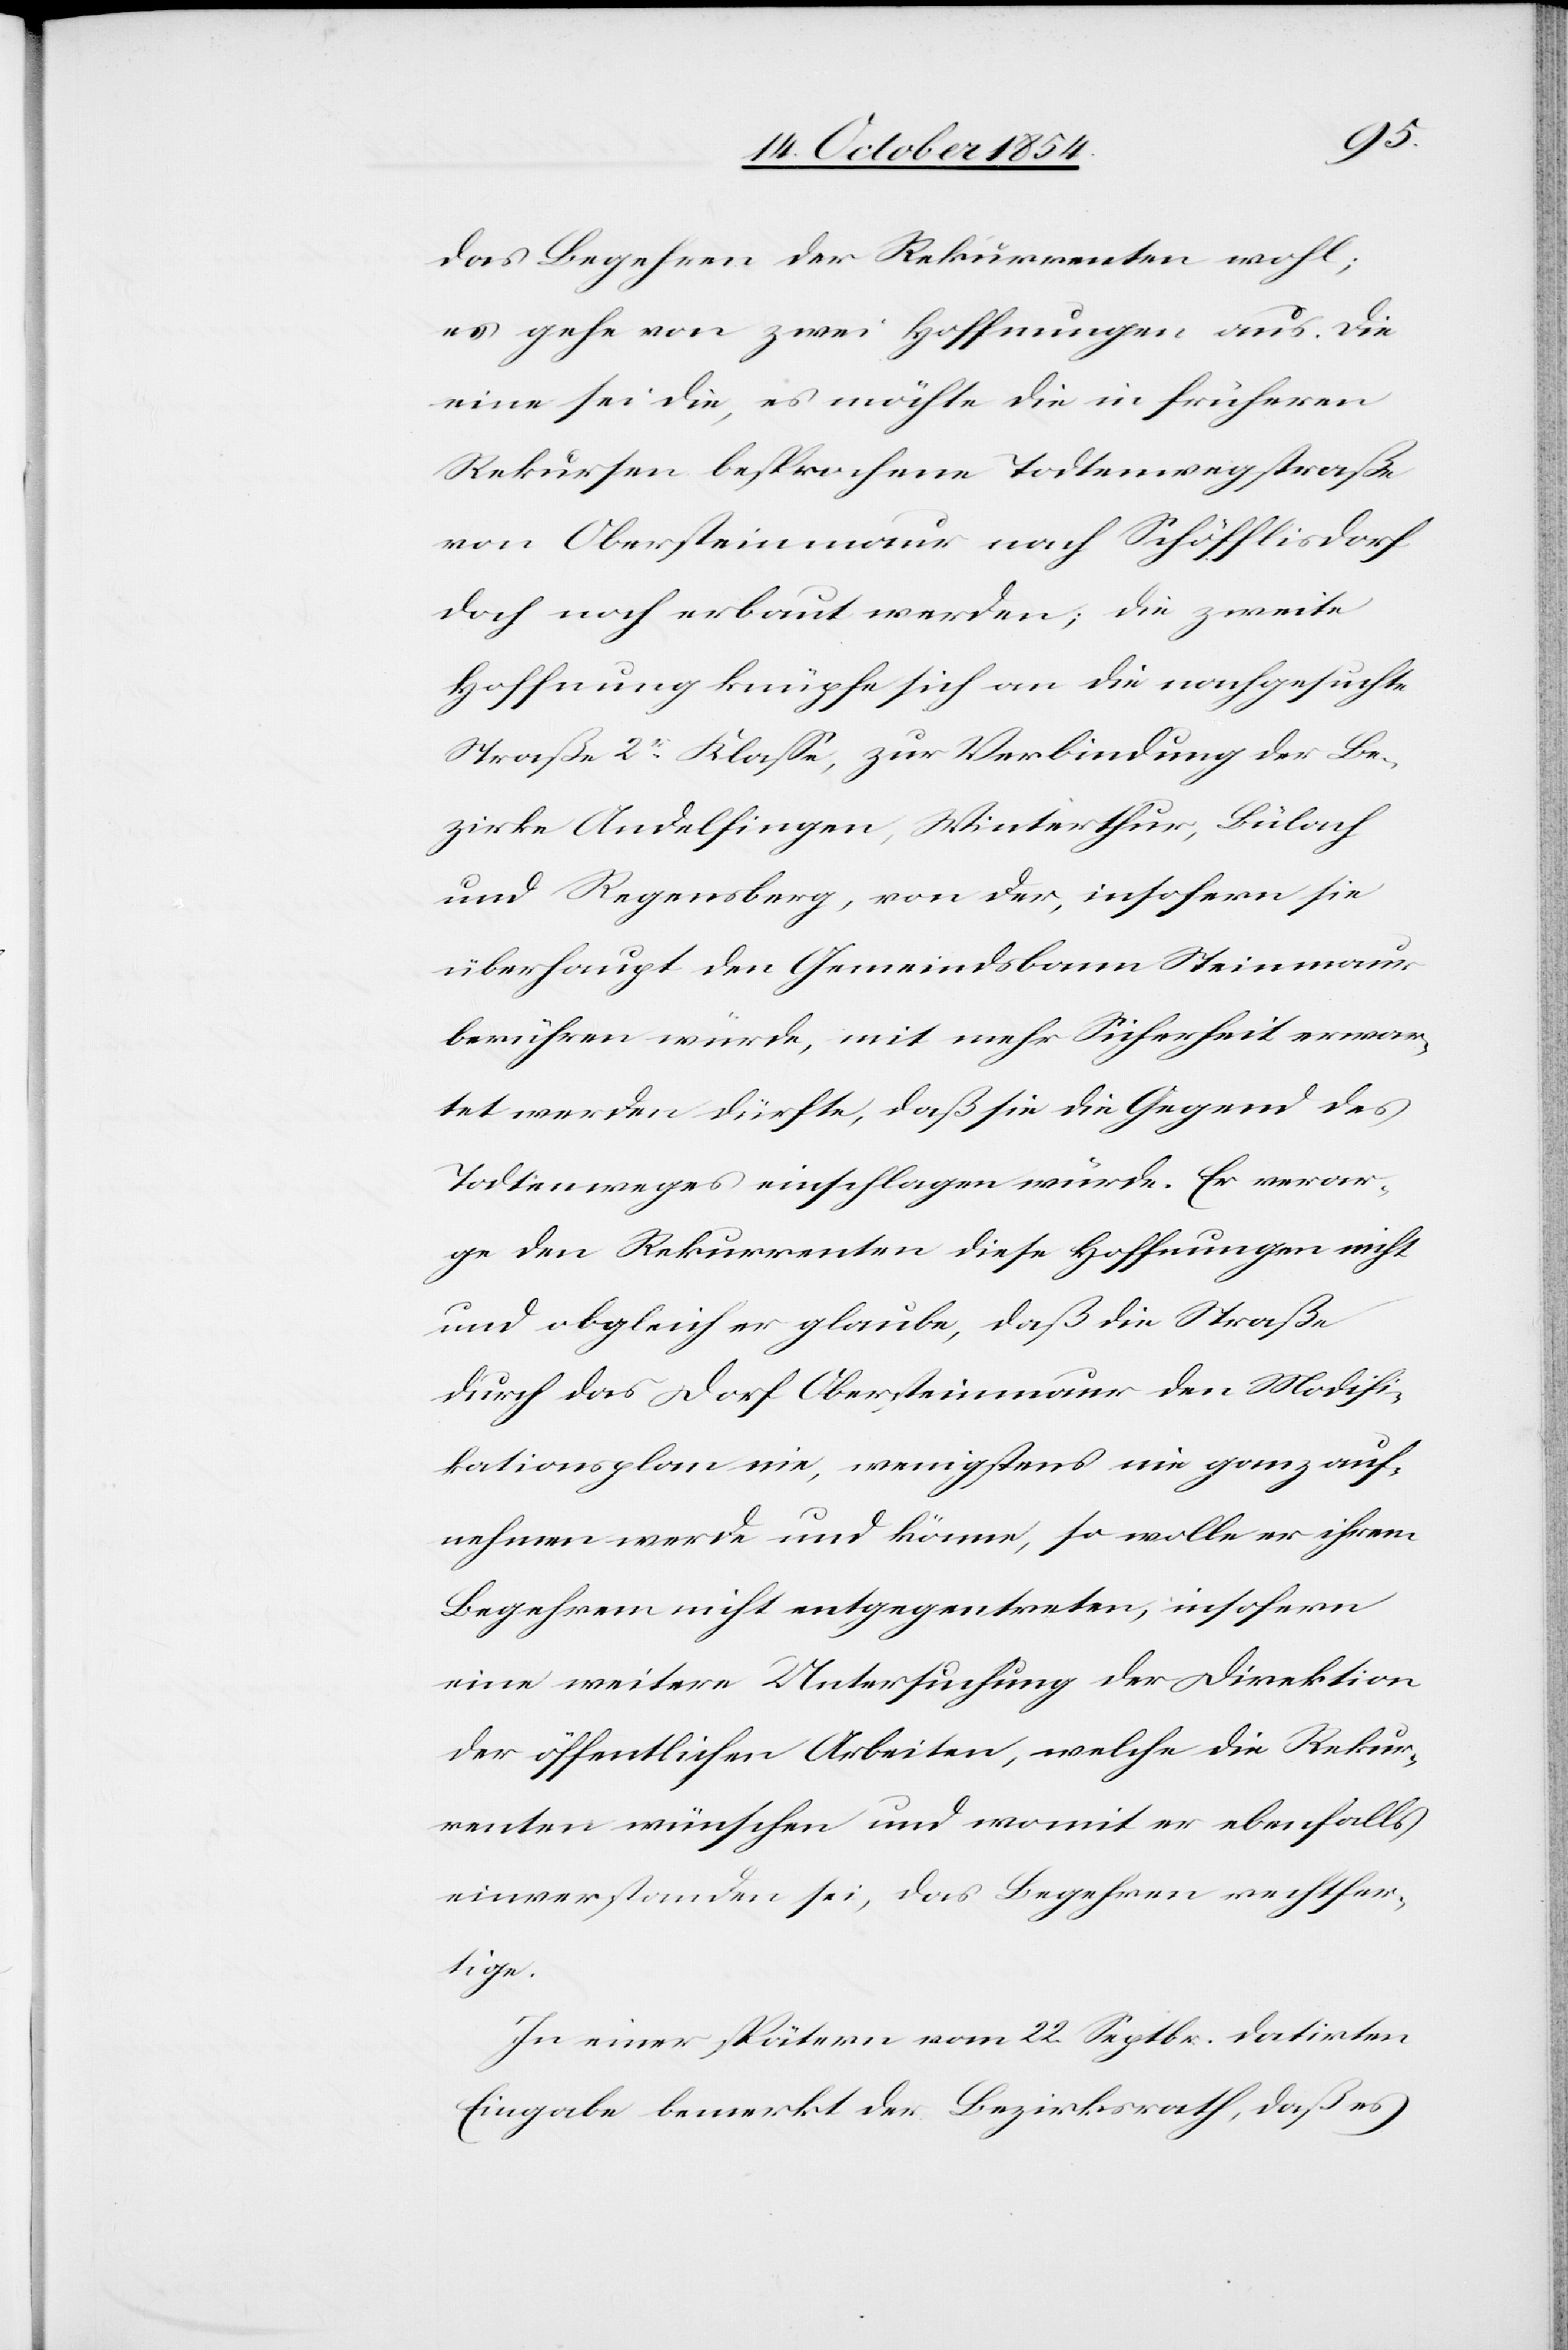
das Begehren der Rekurrenten wohl;
es gehe von zwei Hoffnungen aus. Die
eine sei die, es möchte die in früheren
Rekursen besprochene Todtenwegstraße
von Obersteinmaur nach Schöfflisdorf
doch noch erbaut werden; die zweite
Hoffnung knüpfe sich an die nachgesuchte
Straße 2r Klaße, zur Verbindung der Be¬
zirke Andelfingen, Winterthur, Bülach
und Regensberg, von der, insofern sie
überhaupt den Gemeindsbann Steinmaur
berühren würden, mit mehr Sicherheit erwar¬
tet werden dürfte, daß sie die Gegend des
Todtenweges einschlagen würde. Er verar¬
ge den Rekurrenten diese Hoffnungen nicht
und obgleich er glaube, daß die Straße
durch das Dorf Obersteimaur den Modifi¬
kationsplan nie, wenigstens nie ganz auf¬
nehmen werde und könne, so wolle er ihrem
Begehren nicht entgegentreten, insofern
eine weitere Untersuchung der Direktion
der öffentlichen Arbeiten, welche die Rekur¬
renten wünschen und womit er ebenfalls
einverstanden sei, das Begehren rechtfer¬
tige.
In einer spätern vom 22. Septbr. datirten
Eingabe bemerkt der Bezirksrath, daß es